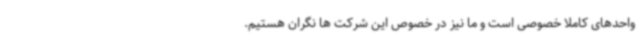
واحدهای کاملا خصوصی است و ما نیز در خصوص این شرکت ها نگران هستیم.